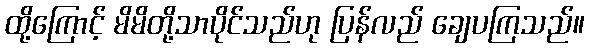
ထို့ကြောင့် မိမိတို့သာပိုင်သည်ဟု ပြန်လည် ချေပကြသည်။